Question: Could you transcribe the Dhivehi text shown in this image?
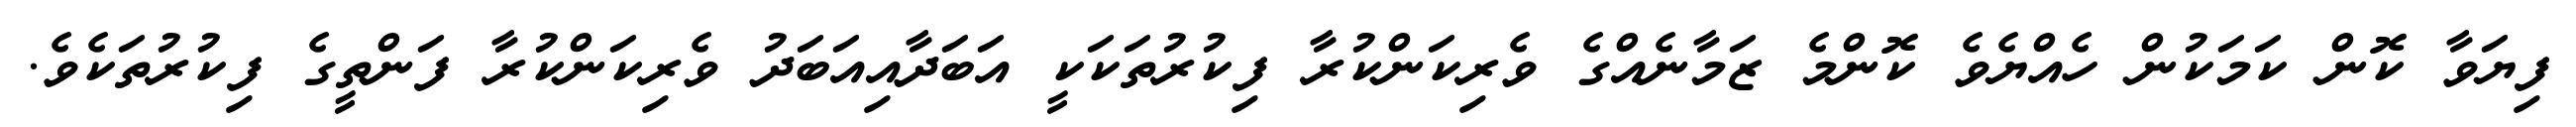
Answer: ފިޔަވާ ކޮން ކަމަކުން ހެއްޔެވެ ކޮންމެ ޒަމާނެއްގެ ވެރިކަންކުރާ ފިކުރުތަކަކީ އަބަދާއިއަބަދު ވެރިކަންކުރާ ފަންތީގެ ފިކުރުތަކެވެ.